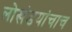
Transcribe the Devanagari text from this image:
लोखंडयांचाच